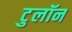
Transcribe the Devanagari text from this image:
टुलॉन